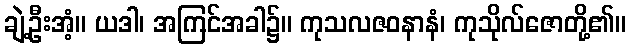
ချဲ့ဦးအံ့။ ယဒါ၊ အကြင်အခါ၌။ ကုသလဇဝနာနံ၊ ကုသိုလ်ဇောတို့၏။